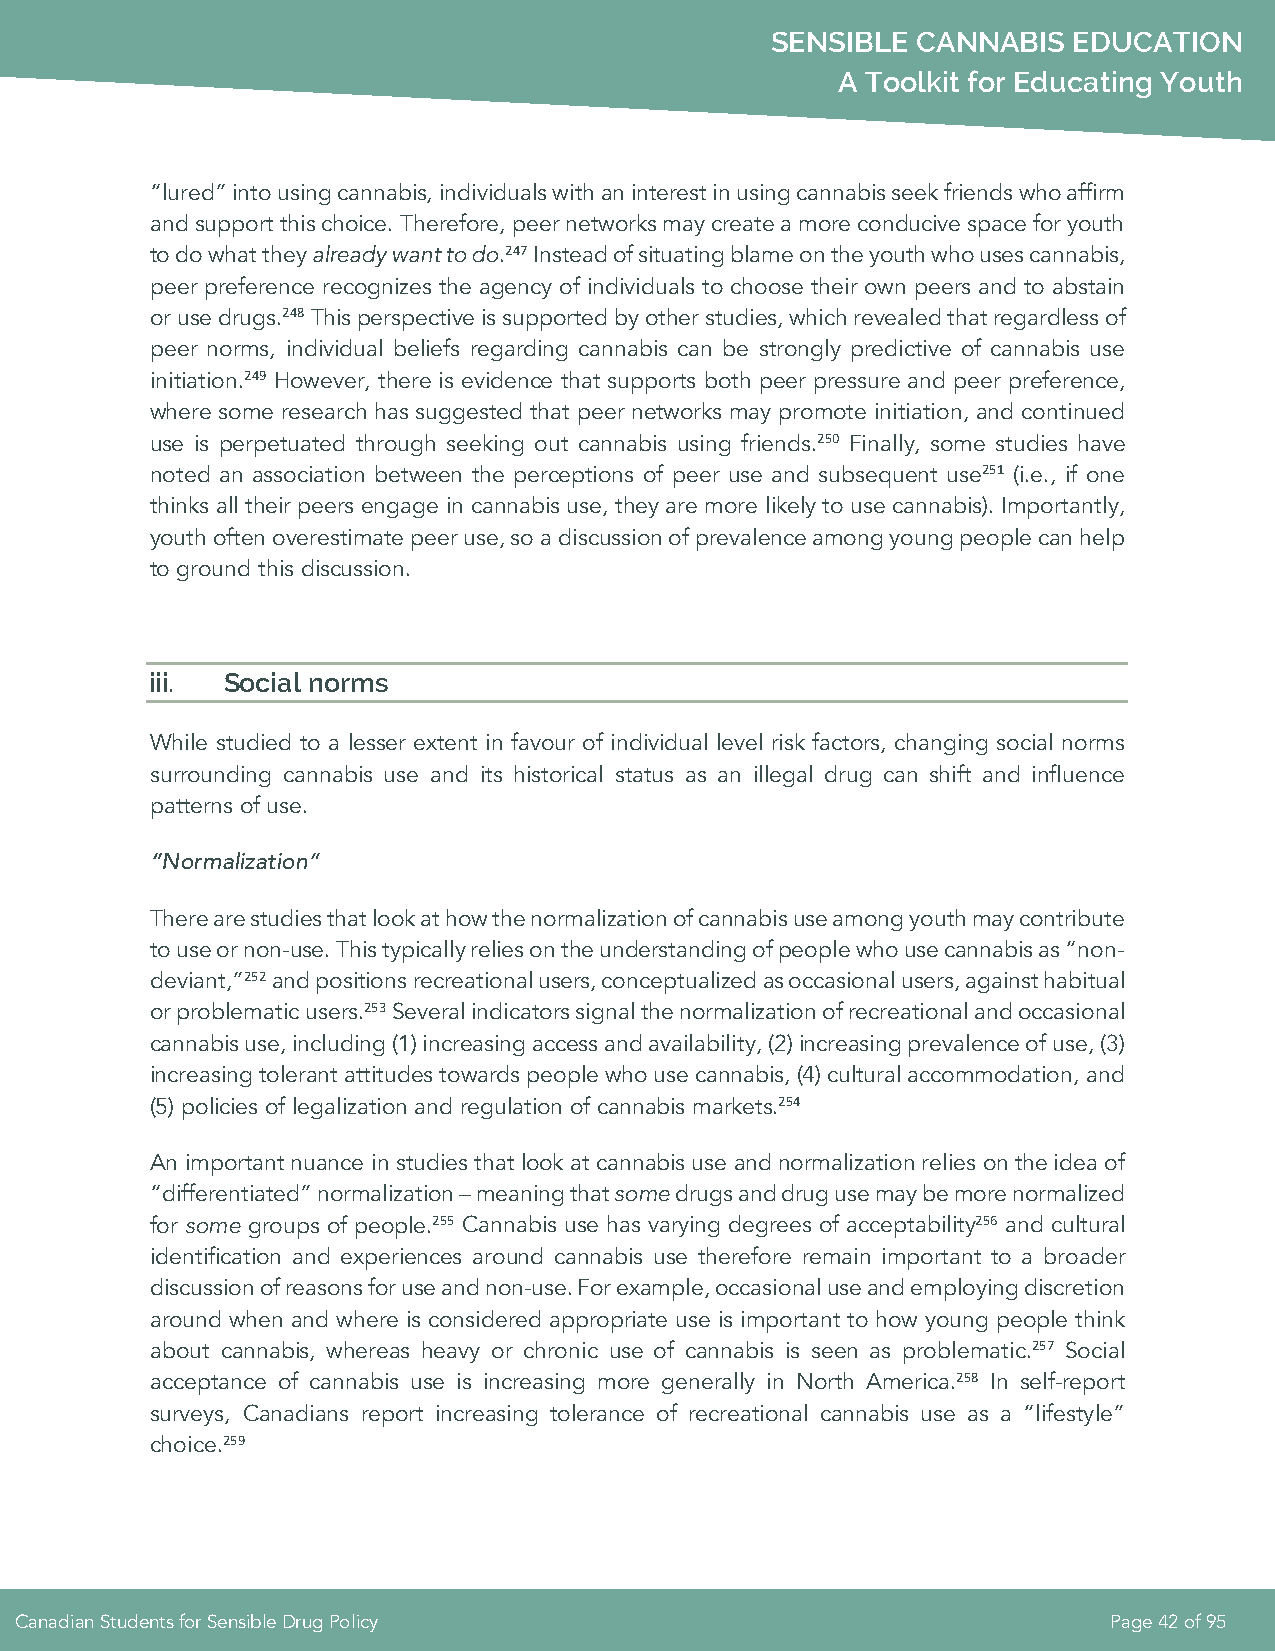
SENSIBLE  CANNABIS  EDUCATION
 A Toolkit for Educating Youth
 “lured” into using cannabis, individuals with an interest in using cannabis seek friends who affirm
 and support this choice. Therefore, peer networks may create a more conducive space for youth
 to do what they already want to do.247 Instead of situating blame on the youth who uses cannabis,
 peer preference recognizes the agency of individuals to choose their own peers and to abstain
 or use drugs.248 This perspective is supported by other studies, which revealed that regardless of
 peer norms, individual beliefs regarding cannabis can be strongly predictive of cannabis use
 initiation.249 However, there is evidence that supports both peer pressure and peer preference,
 where some research has suggested that peer networks may promote initiation, and continued
 use is perpetuated through seeking out cannabis using friends.250 Finally, some studies have
 noted an association between the perceptions of peer use and subsequent use251 (i.e., if one
 thinks all their peers engage in cannabis use, they are more likely to use cannabis). Importantly,
 youth often overestimate peer use, so a discussion of prevalence among young people can help
 to ground this discussion.
 iii. Social norms
 While studied to a lesser extent in favour of individual level risk factors, changing social norms
 surrounding cannabis use and its historical status as an illegal drug can shift and influence
 patterns of use.
 “Normalization”
 There are studies that look at how the normalization of cannabis use among youth may contribute
 to use or non-use. This typically relies on the understanding of people who use cannabis as “non-
 deviant,”252 and positions recreational users, conceptualized as occasional users, against habitual
 or problematic users.253 Several indicators signal the normalization of recreational and occasional
 cannabis use, including (1) increasing access and availability, (2) increasing prevalence of use, (3)
 increasing tolerant attitudes towards people who use cannabis, (4) cultural accommodation, and
 (5) policies of legalization and regulation of cannabis markets.254
 An important nuance in studies that look at cannabis use and normalization relies on the idea of
 “differentiated” normalization – meaning that some drugs and drug use may be more normalized
 for some groups of people.255 Cannabis use has varying degrees of acceptability256 and cultural
 identification and experiences around cannabis use therefore remain important to a broader
 discussion of reasons for use and non-use. For example, occasional use and employing discretion
 around when and where is considered appropriate use is important to how young people think
 about cannabis, whereas heavy or chronic use of cannabis is seen as problematic.257 Social
 acceptance of cannabis use is increasing more generally in North America.258 In self-report
 surveys, Canadians report increasing tolerance of recreational cannabis use as a “lifestyle”
 choice.259
 Canadian Students for Sensible Drug Policy                              Page 42 of 95